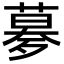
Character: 㱳